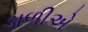
ડાળીએ